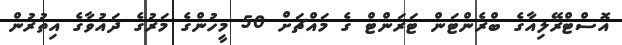
އޮސްޓްރޭލިއާގެ ބްރެންޓަން ޓަރަންޓް ގެ މައްޗަށް 50 މީހުންގެ މަރުގެ ދައުވާގެ އިތުރުން